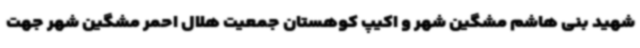
شهید بنی هاشم مشگین شهر و اکیپ کوهستان جمعیت هلال احمر مشگین شهر جهت